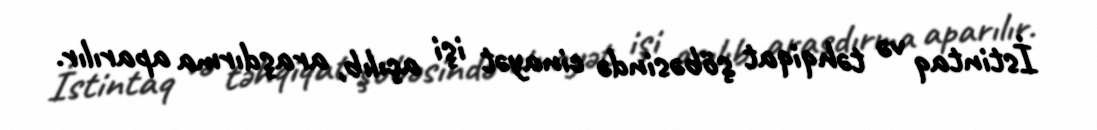
İstintaq və təhqiqat şöbəsində cinayət işi açılıb, araşdırma aparılır.